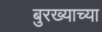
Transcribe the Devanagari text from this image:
बुरख्याच्या